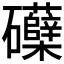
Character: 𮁛